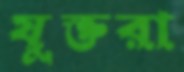
যুক্তরা